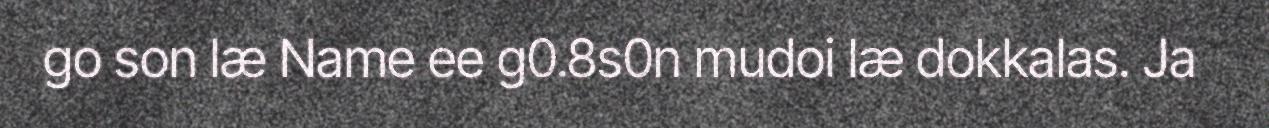
go son læ Name ee g0.8s0n mudoi læ dokkalas. Ja